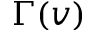
\Gamma ( v )